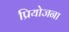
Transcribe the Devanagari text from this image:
प्रियोजना